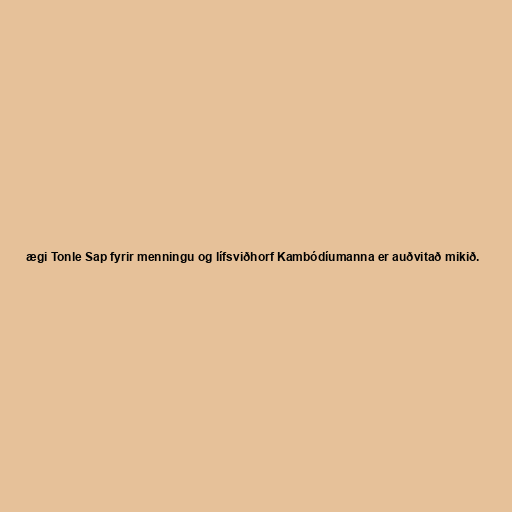
ægi Tonle Sap fyrir menningu og lífsviðhorf Kambódíumanna er auðvitað mikið.